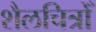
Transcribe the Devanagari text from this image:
शैलचित्रोँ